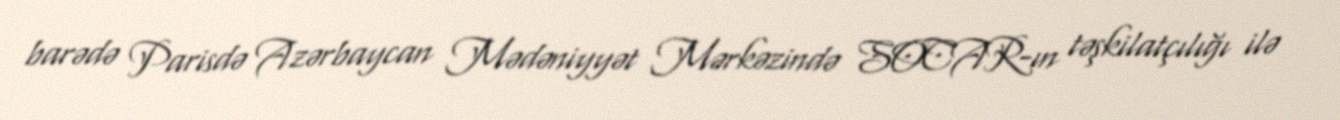
barədə Parisdə Azərbaycan Mədəniyyət Mərkəzində SOCAR-ın təşkilatçılığı ilə